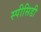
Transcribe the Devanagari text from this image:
स्पीसिडी